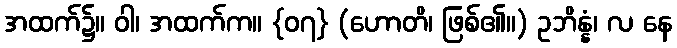
အထက်၌။ ဝါ၊ အထက်က။ {၀၇} (ဟောတိ၊ ဖြစ်၏။) ဥဘိန္နံ၊ လ နေ